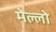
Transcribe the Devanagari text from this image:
मेल्लो